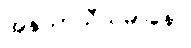
အနုသာသီယမာနော